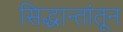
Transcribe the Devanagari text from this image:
सिद्धान्तांतून